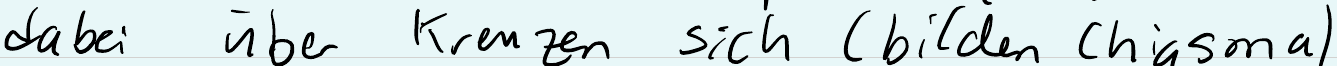
dabei über Kreuzen sich (bilden Chiasma)